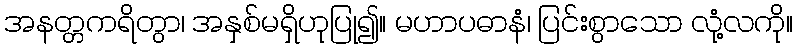
အနတ္တကရိတွာ၊ အနှစ်မရှိဟုပြု၍။ မဟာပဓာနံ၊ ပြင်းစွာသော လုံ့လကို။